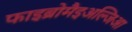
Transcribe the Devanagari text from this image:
फाइब्रोमैइअल्जिआ